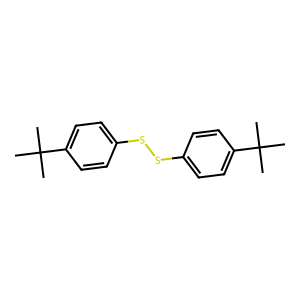
SMILES: CC(C)(C)c1ccc(SSc2ccc(C(C)(C)C)cc2)cc1
Inhibits HIV replication: No